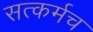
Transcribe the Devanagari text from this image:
सत्कर्मच